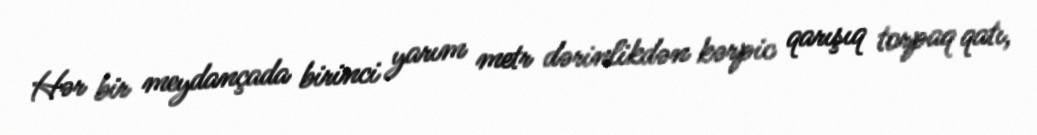
Hər bir meydançada birinci yarım metr dərinlikdən kərpic qarışıq torpaq qatı,